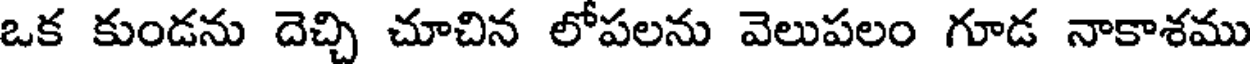
ఒక కుండను దెచ్చి చూచిన లోపలను వెలుపలం గూడ నాకాశము